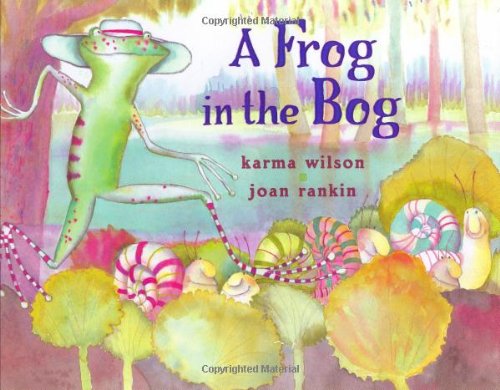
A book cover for A Frog in the Bog; Karma Wilson; Children's Books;